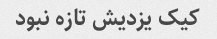
کیک یزدیش تازه نبود